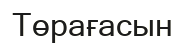
Төрағасын